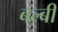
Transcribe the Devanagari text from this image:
बल्बी